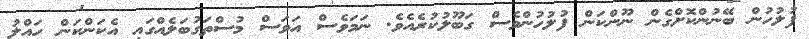
ފުލުހުން ބޭނުންކޮށްގެން ނޫންކަން ފުލުހުންވެސް ގަބޫލުކުރެއެވެ. ނަމަވެސް އަވަސް މުސްތަގުބަލެއްގައި އެކަންކަން ހައްލު